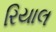
રિયાલ